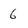
Character: 6